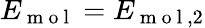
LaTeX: E_{\mathrm{~m~o~l~}}=E_{\mathrm{~m~o~l~},2}